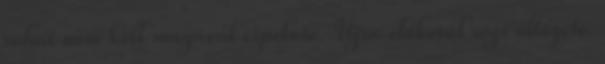
ruhát nem kell magával cipelnie. Újra előkerül régi öltözete: